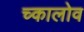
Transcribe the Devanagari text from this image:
च्कालोव